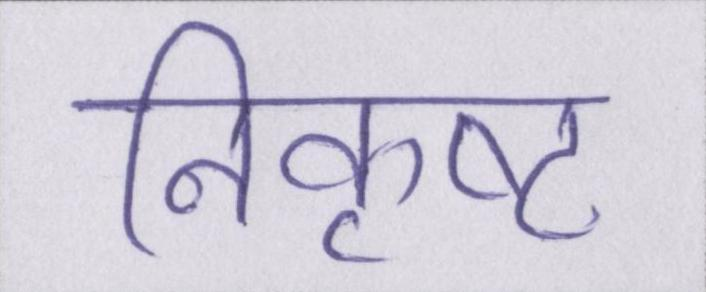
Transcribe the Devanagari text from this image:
निकृष्ट